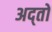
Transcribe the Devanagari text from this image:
अद्तो